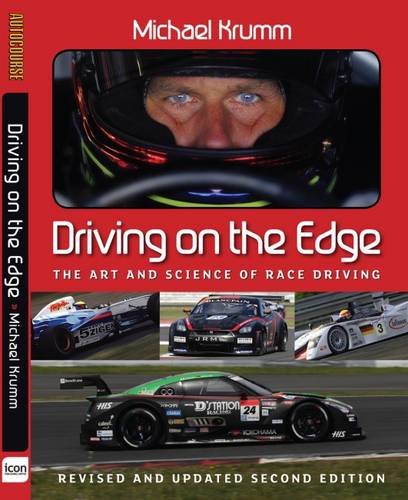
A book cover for Driving On The Edge: The Art and Science of Race Driving - Revised and Updated Second Edition; Michael Krumm; Engineering & Transportation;